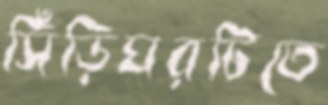
সিঁড়িঘরটিতে